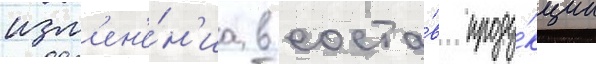
изм'ен'е́н'иа в соста́в проду́кции